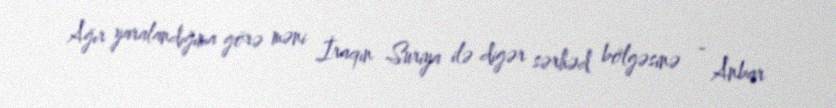
Ağır yaralandığıma görə məni İraqın Suriya ilə digər sərhəd bölgəsinə - Anbar